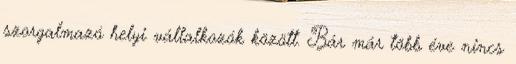
szorgalmazó helyi vállalkozók között. Bár már több éve nincs